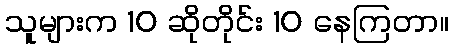
သူများက 10 ဆိုတိုင်း 10 နေကြတာ။